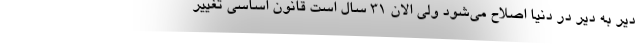
دیر به دیر در دنیا اصلاح می‌شود ولی الان 31 سال است قانون اساسی تغییر